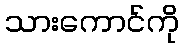
သားကောင်ကို